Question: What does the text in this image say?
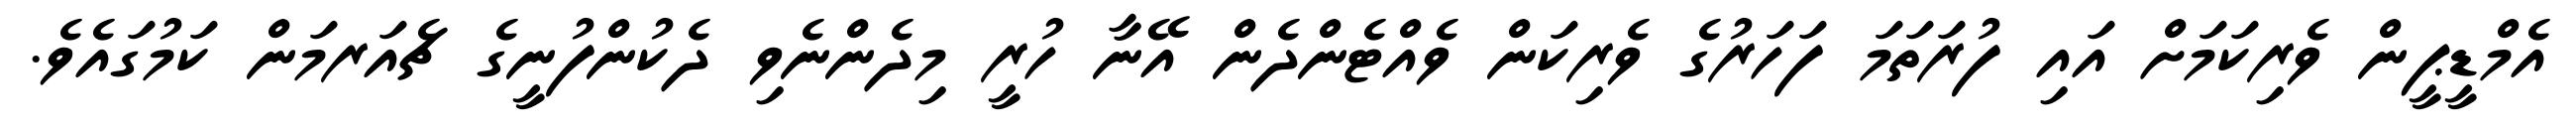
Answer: އެމްޑީޕީން ވެރިކަމަށް އައި ފުރަތަމަ ފަހަރުގެ ވެރިކަން ވެއްޓެންދެން އޭނާ ހުރީ މިދެންނެވި ދެކުންފުނީގެ ޗެއަރމަން ކަމުގައެވެ.